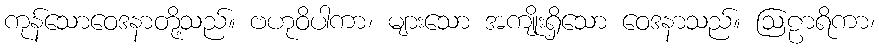
ကုန်သောဝေဒနာတို့သည်။ ဗဟုဝိပါကာ၊ များသော အကျိုးရှိသော ဝေဒနာသည်။ ဩဠာရိကာ၊